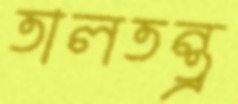
তালতন্ত্র